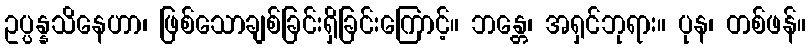
ဥပ္ပန္နသိနေဟာ၊ ဖြစ်သောချစ်ခြင်းရှိခြင်းကြောင့်။ ဘန္တေ၊ အရှင်ဘုရား။ ပုန၊ တစ်ဖန်။